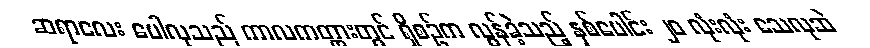
ဆရာလေး ပေါလုသည် ကာလကတ္တားတွင် ရှိစဉ်က လွန်ခဲ့သည့် နှစ်ပေါင်း ၂၀ လုံးလုံး သေလုဆဲ